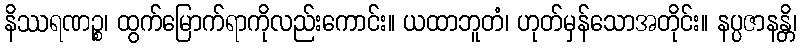
နိဿရဏဉ္စ၊ ထွက်မြောက်ရာကိုလည်းကောင်း။ ယထာဘူတံ၊ ဟုတ်မှန်သောအတိုင်း။ နပ္ပဇာနန္တိ၊